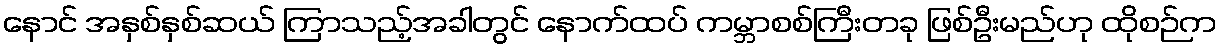
နောင် အနှစ်နှစ်ဆယ် ကြာသည့်အခါတွင် နောက်ထပ် ကမ္ဘာစစ်ကြီးတခု ဖြစ်ဦးမည်ဟု ထိုစဉ်က